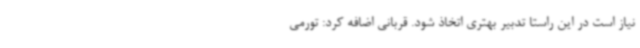
نیاز است در این راستا تدبیر بهتری اتخاذ شود. قربانی اضافه کرد: تورمی